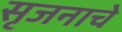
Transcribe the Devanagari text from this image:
सृजनाचे